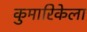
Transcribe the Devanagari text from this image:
कुमारिकेला